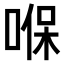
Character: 𠸒